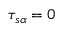
\tau _ { s \alpha } = 0